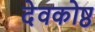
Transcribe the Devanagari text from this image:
देवकोष्ठ